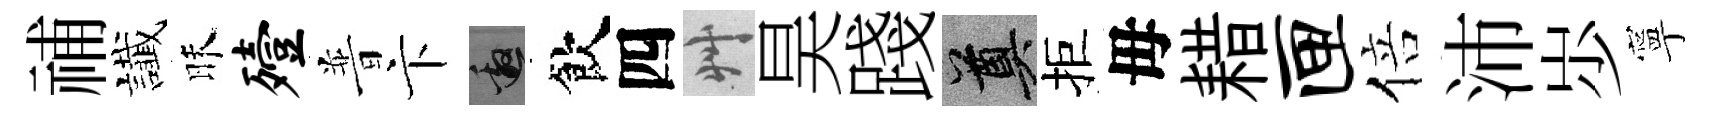
𥙷䜟昧殪普卞邀飲四艸昊踐奠拒毋耤匣倍沛𡵯寧